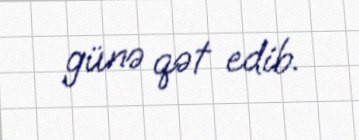
günə qət edib.